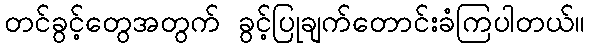
တင်ခွင့်တွေအတွက် ခွင့်ပြုချက်တောင်းခံကြပါတယ်။